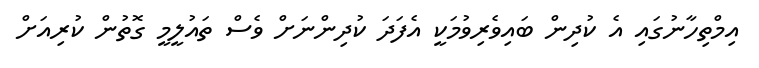
އިމްތިހާނުގައި އެ ކުދިން ބައިވެރިވުމަކީ އެފަދަ ކުދިންނަށް ވެސް ތައުލީމީ ގޮތުން ކުރިއަށް